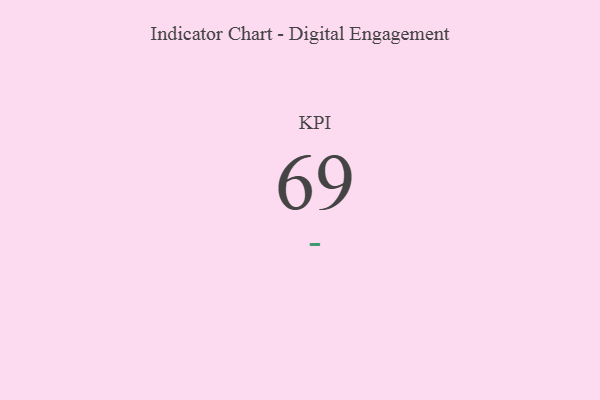
{"axis": {"x": "KPI", "y": "Value"}, "legend": [""], "data": [{"x": "KPI", "y": 69, "type": ""}]}